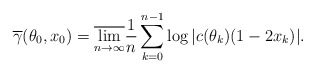
\begin{align*}\overline{\gamma}(\theta_0, x_0) = \overline{\lim \limits_{n \to \infty}} \frac1n \sum \limits_{k = 0}^{n-1} \log |c(\theta_k)(1-2x_k)|.\end{align*}